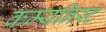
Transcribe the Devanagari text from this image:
कम्यनिस्ट